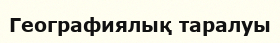
Географиялық таралуы